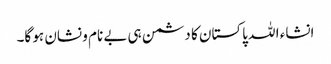
انشاء ا للہ پاکستان کا دشمن ہی بے نام و نشان ہو گا۔